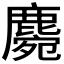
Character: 𪋅